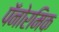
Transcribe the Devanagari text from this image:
पॅनोरमिक